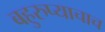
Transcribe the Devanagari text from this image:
बहुरुप्याचाच